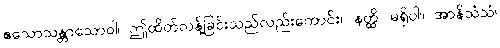
ဧသောသန္တာသောဝါ၊ ဤထိတ်လန့်ခြင်းသည်လည်းကောင်း။ နတ္ထိ၊ မရှိပါ။ အာနိသံသံ၊